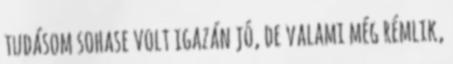
tudásom sohase volt igazán jó, de valami még rémlik,